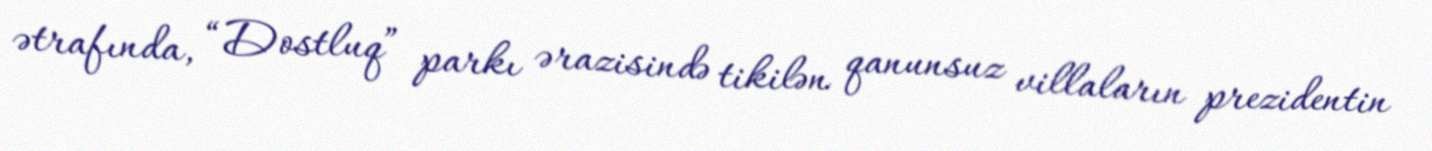
ətrafında, “Dostluq” parkı ərazisində tikilən qanunsuz villaların prezidentin